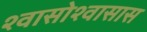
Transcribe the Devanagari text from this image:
श्वासोश्वासास